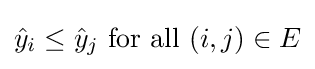
{\hat {y}}_{i}\leq {\hat {y}}_{j}{\text{ for all }}(i,j)\in E